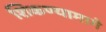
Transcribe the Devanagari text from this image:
शिकण्यामागे